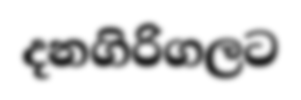
දනගිරිගලට